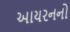
આયરનનો